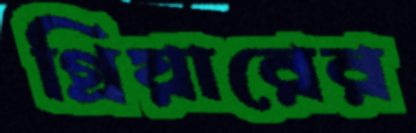
গ্রিয়ারের